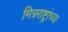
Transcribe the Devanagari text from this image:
मित्रराष्ट्रांच्या